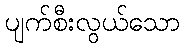
ပျက်စီးလွယ်သော